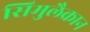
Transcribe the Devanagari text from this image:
सिमुलैक्रान